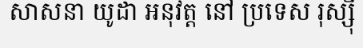
សាសនា យូដា អនុវត្ត នៅ ប្រទេស រុស្ស៊ី